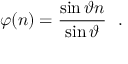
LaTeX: \varphi ( n ) = \frac { \sin \vartheta n } { \sin \vartheta } \ \ .